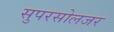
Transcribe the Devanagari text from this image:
सुपरसोलजर